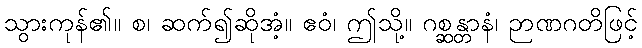
သွားကုန်၏။ စ၊ ဆက်၍ဆိုအံ့။ ဧဝံ၊ ဤသို့။ ဂစ္ဆန္တာနံ၊ ဉာဏဂတိဖြင့်